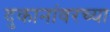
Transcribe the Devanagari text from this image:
दुकानांवरच्या